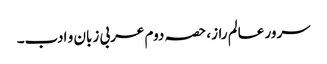
سرور عالم راز، حصہ دوم	عربی زبان و ادب۔